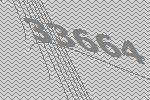
33664